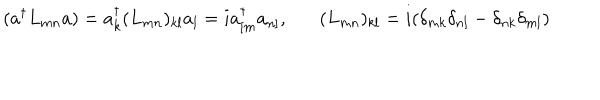
( a ^ { \dagger } L _ { m n } a ) = a _ { k } ^ { \dagger } ( L _ { m n } ) _ { k l } a _ { l } = i a _ { [ m } ^ { \dagger } a _ { n ] } , ( L _ { m n } ) _ { k l } = i ( \delta _ { m k } \delta _ { n l } - \delta _ { n k } \delta _ { m l } )